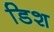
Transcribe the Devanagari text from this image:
डिश